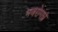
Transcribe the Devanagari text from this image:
भवरोगघ्नं